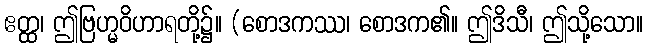
ဧတ္ထ၊ ဤဗြဟ္မဝိဟာရတို့၌။ (စောဒကဿ၊ စောဒက၏။ ဤဒိသီ၊ ဤသို့သော။